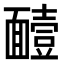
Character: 𮧑